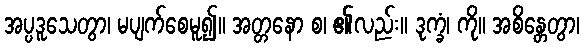
အပ္ပဒူသေတွာ၊ မပျက်စေမူ၍။ အတ္တနော စ၊ ၏လည်း။ ဒုက္ခံ၊ ကို။ အစိန္တေတွာ၊